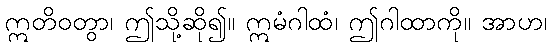
ဣတိဝတွာ၊ ဤသို့ဆို၍။ ဣမံဂါထံ၊ ဤဂါထာကို။ အာဟ၊